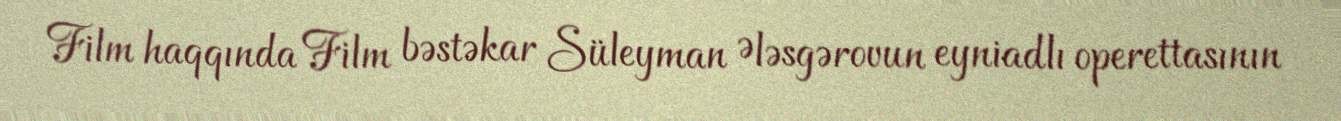
Film haqqında Film bəstəkar Süleyman Ələsgərovun eyniadlı operettasının